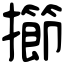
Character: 擳